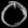
Digit: ၀